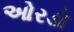
ઓરડૉ